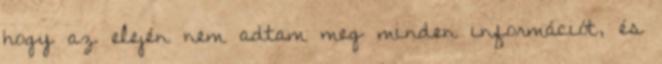
hogy az elején nem adtam meg minden információt, és